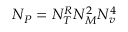
N _ { P } = N _ { T } ^ { R } N _ { M } ^ { 2 } N _ { v } ^ { 4 }